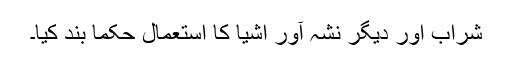
شراب اور دیگر نشہ آور اشیا کا استعمال حکماً بند کیا۔